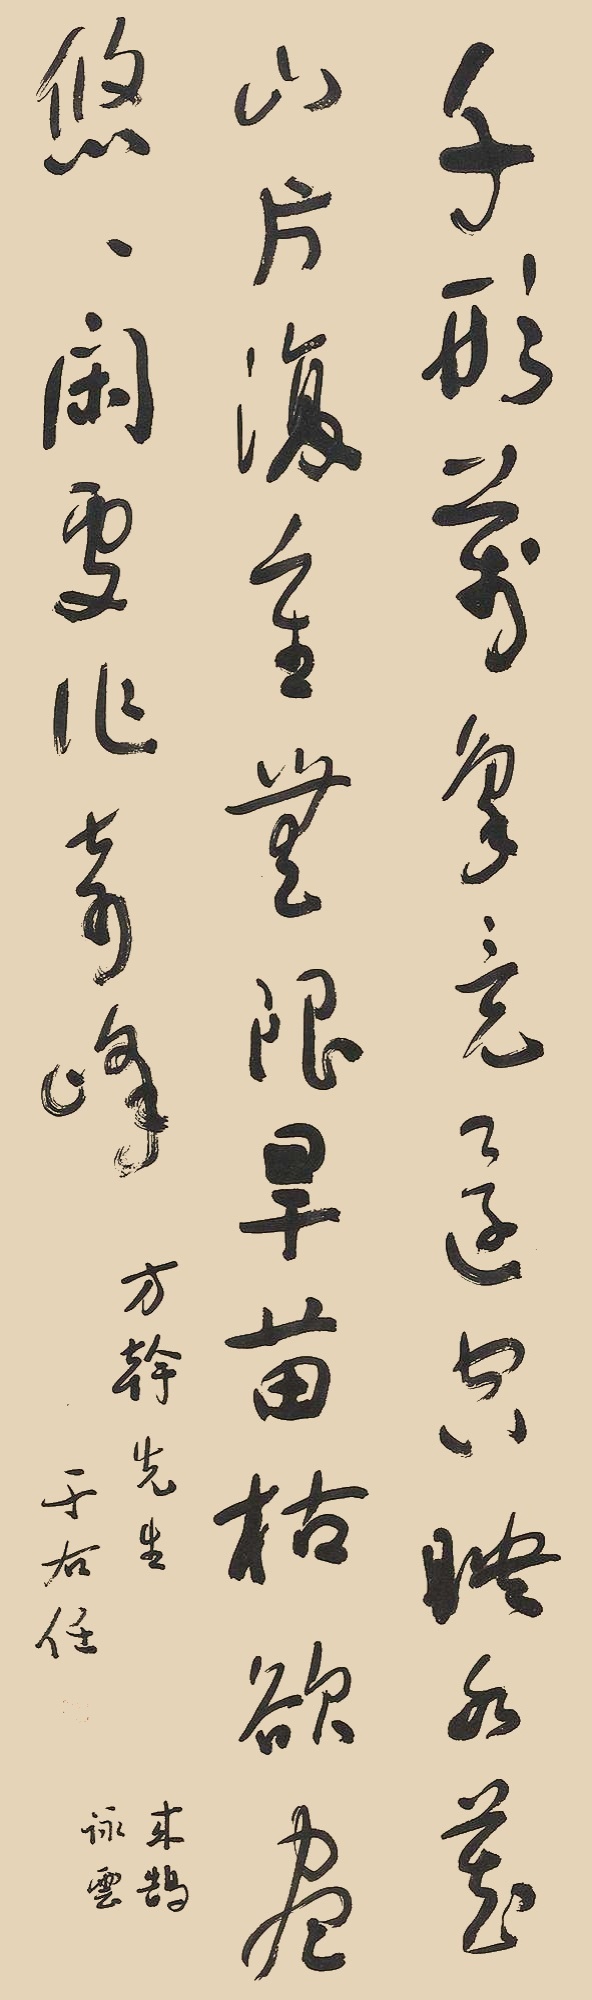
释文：千形万象竟还空，映水藏山片复重。无限旱苗枯欲尽，悠悠闲处作奇峰。方干先生。于右任。来鹄咏云。